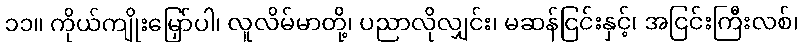
၁၁။ ကိုယ်ကျိုးမြှော်ပါ၊ လူလိမ်မာတို့၊ ပညာလိုလျှင်း၊ မဆန်ငြင်းနှင့်၊ အငြင်းကြီးလစ်၊